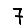
Digit: 7